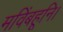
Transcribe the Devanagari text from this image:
मविंबहूनि।